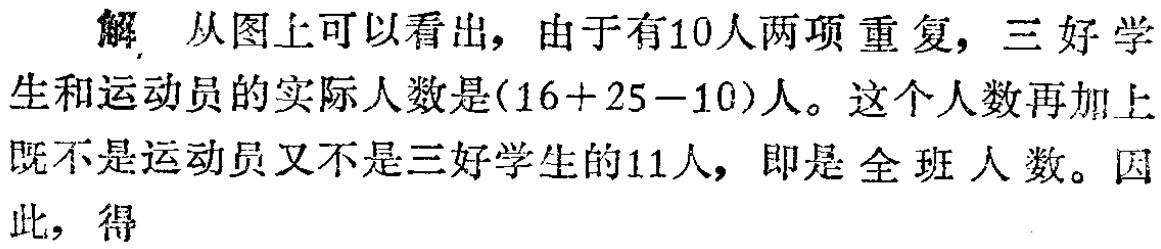
解 从图上可以看出，由于有10人两项重复，三好学
生和运动员的实际人数是(16+25−10)人。这个人数再加上
既不是运动员又不是三好学生的11人，即是全班人数。因
此，得